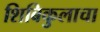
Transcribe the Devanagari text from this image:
शिबिकुलाचा